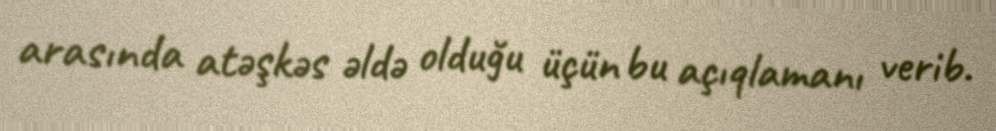
arasında atəşkəs əldə olduğu üçün bu açıqlamanı verib.